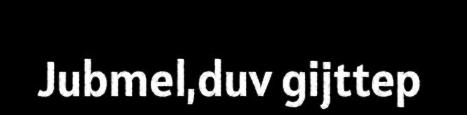
Jubmel,duv gijttep